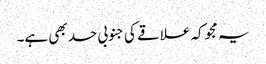
یہ مجوکہ علاقے کی جنوبی حد بھی ہے۔